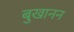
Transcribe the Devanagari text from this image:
बुखानन